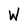
Character: W